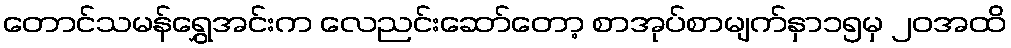
တောင်သမန်ရွှေအင်းက လေညင်းဆော်တော့ စာအုပ်စာမျက်နှာ၁၅မှ ၂၀အထိ